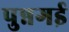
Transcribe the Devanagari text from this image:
पुन्नगई